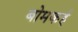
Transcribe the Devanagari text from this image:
बोमकई